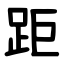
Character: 距